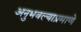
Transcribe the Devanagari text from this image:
अनुभवल्याप्रमाणे